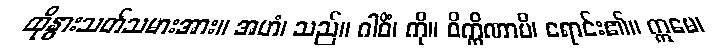
ထိုနွားသတ်သမားအား။ အဟံ၊ သည်။ ဂါဝိံ၊ ကို။ ဝိက္ကိဏာမိ၊ ရောင်း၏။ ဣမေ၊